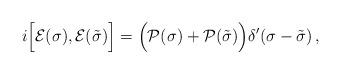
LaTeX: \begin{align*}i \Bigl[ {\cal E} (\sigma), {\cal E} (\tilde{\sigma}) \Bigr] = \Bigl( {\cal P} (\sigma) + {\cal P} (\tilde{\sigma}) \Bigr) \delta' (\sigma - \tilde{\sigma})\,,\end{align*}